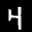
Label: 4